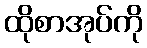
ထိုစာအုပ်ကို